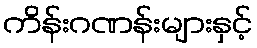
ကိန်းဂဏန်းများနှင့်